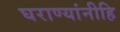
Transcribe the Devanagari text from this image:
घराण्यांनीहि